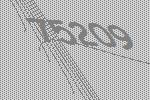
75209